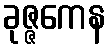
ခုဇ္ဇကေန